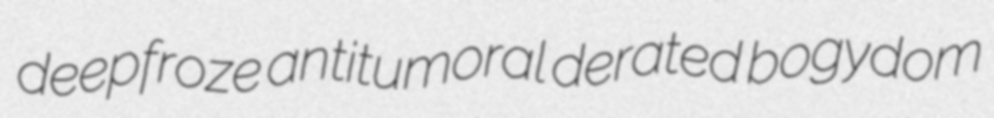
deepfroze antitumoral derated bogydom